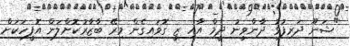
"ޝަނޫ ދަރިފުޅު ދާންވީނު ދީމް އާއި ޒީ ގޮވައިގެން މިރޭ ބާޒާރުކޮށްލަން އޮފީހަކަށް